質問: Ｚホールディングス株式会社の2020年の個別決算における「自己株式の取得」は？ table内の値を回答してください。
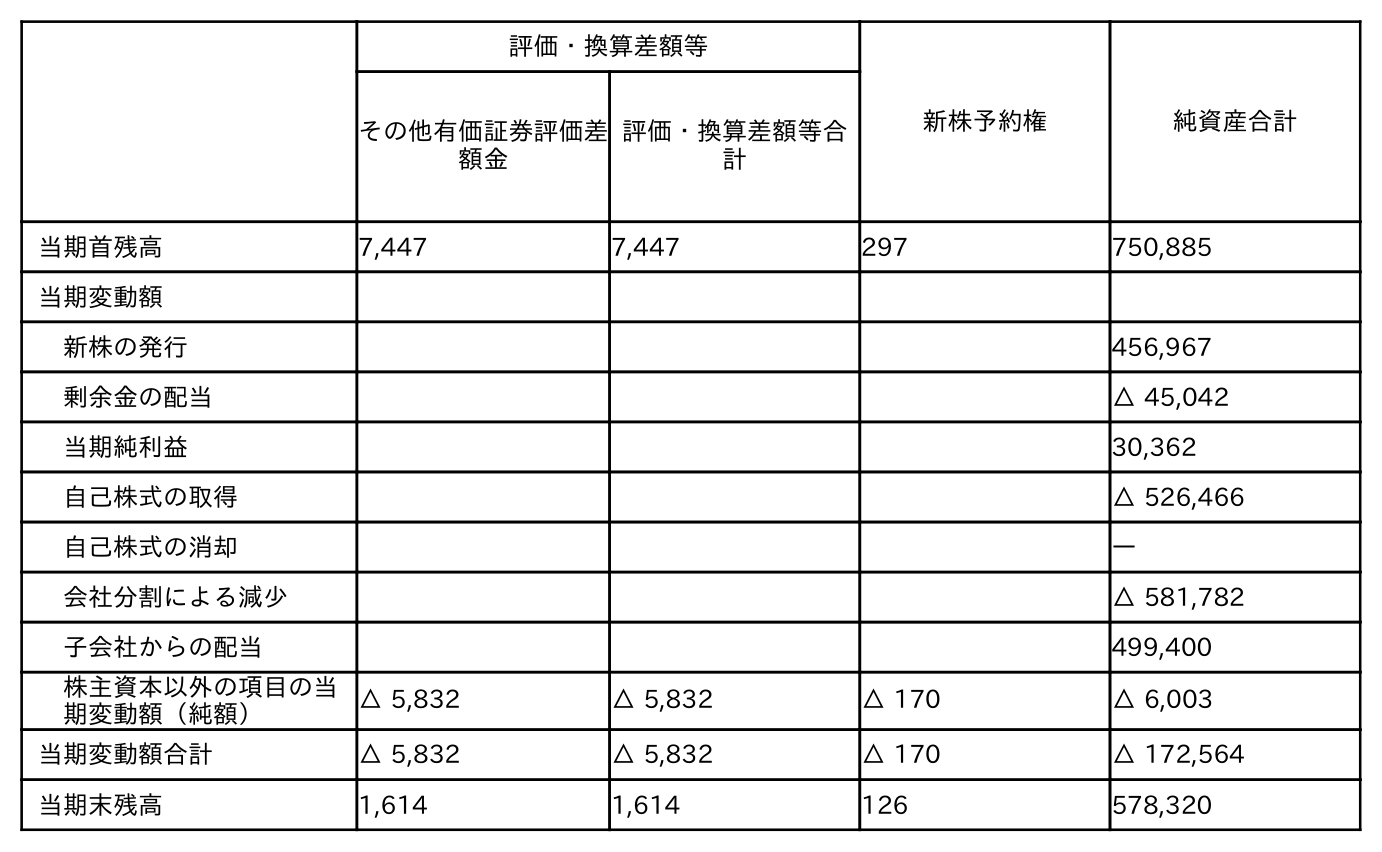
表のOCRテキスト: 評価・換算差額等 新株予約権 純資産合計 その他有価証券評価差 額金 評価・換算差額等合 計 当期首残高 7,447 7,447 297 750,885 当期変動額 新株の発行 456,967 剰余金の配当 △ 45,042 当期純利益 30,362 自己株式の取得 △ 526,466 自己株式の消却 ― 会社分割による減少 △ 581,782 子会社からの配当 499,400 株主資本以外の項目の当 期変動額（純額） △ 5,832 △ 5,832 △ 170 △ 6,003 当期変動額合計 △ 5,832 △ 5,832 △ 170 △ 172,564 当期末残高 1,614 1,614 126 578,320
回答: △526,466